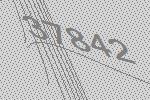
37842